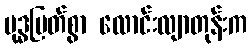
ဗုဒ္ဓမြတ်စွာ လောင်းလျာတုန်းက